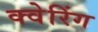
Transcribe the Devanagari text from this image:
क्वेरिंग